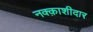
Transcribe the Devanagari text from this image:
नक्क़ाशीदार